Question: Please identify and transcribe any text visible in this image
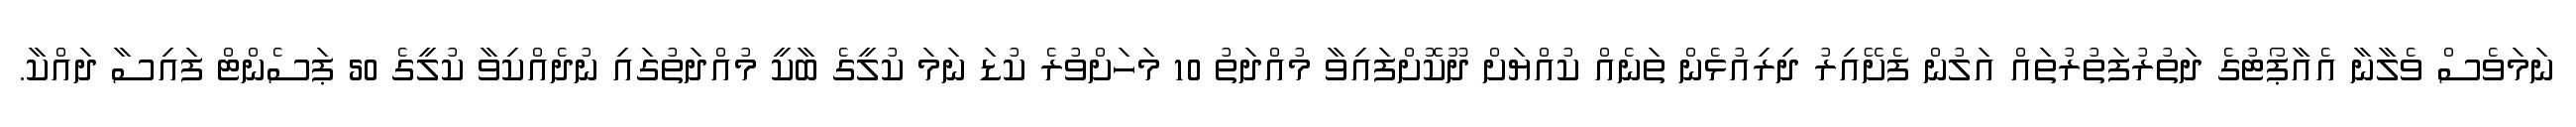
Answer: ނަމަވެސް ވެލާނާ އެއާޕޯޓުގެ ދަތުރުފަތުރުތައް އަލުން ފެށޭއިރު ދިރިއުޅެން ތަނެއް ކުއްޔަށް ދޫކޮށްފައިވާ މުއްދަތު 10 މަހަށްވުރެ ކުޑަ ނަމަ ކުލީގެ ބާކީ މުއްދަތުގައި ނުދެއްކިވާ ކުލީގެ 50 ޕަސެންޓް ފައިސާ ދައްކާ.